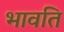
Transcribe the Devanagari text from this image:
भावति